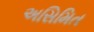
અસિમિત